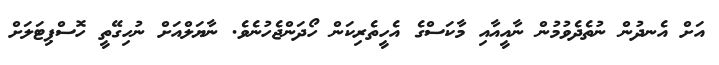
އަށް އެނދުން ނުތެދެވުމުން ނާއީއާއި މާކަސްގެ އެހީތެރިކަން ހޯދަންޖެހުނެވެ. ނާޔަލްއަށް ނުހިގޭތީ ހޮސްޕިޓަލަށް